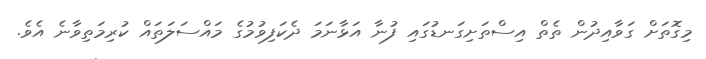
މިގޮތަށް ގަވާއިދުން ތެތް އިސްތަށިގަނޑުގައި ފުނާ އަޅާނަމަ ދެކަފިވުމުގެ މައްސަލަތައް ކުރިމަތިވާނެ އެވެ.